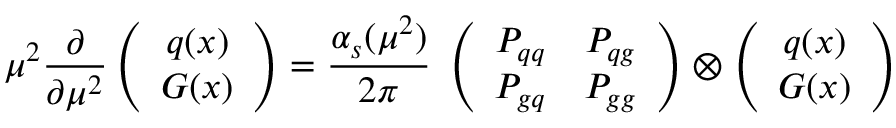
\mu ^ { 2 } { \frac { \partial } { \partial \mu ^ { 2 } } } \left( \begin{array} { c } { { q ( x ) } } \\ { { G ( x ) } } \end{array} \right) = { \frac { \alpha _ { s } ( \mu ^ { 2 } ) } { 2 \pi } } \; \left( \begin{array} { c c } { { P _ { q q } } } & { { P _ { q g } } } \\ { { P _ { g q } } } & { { P _ { g g } } } \end{array} \right) \otimes \left( \begin{array} { c } { { q ( x ) } } \\ { { G ( x ) } } \end{array} \right)